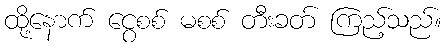
ထို့နောက် ငွေစစ် မစစ် တီးခတ် ကြည့်သည်။